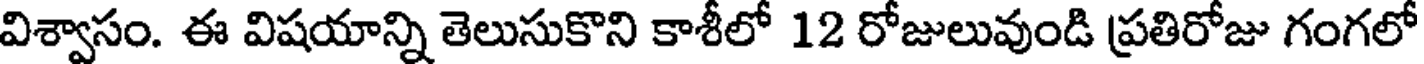
విశ్వాసం. ఈ విషయాన్ని తెలుసుకొని కాశీలో 12 రోజులువుండి ప్రతిరోజు గంగలో